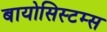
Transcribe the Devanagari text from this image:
बायोसिस्टम्स